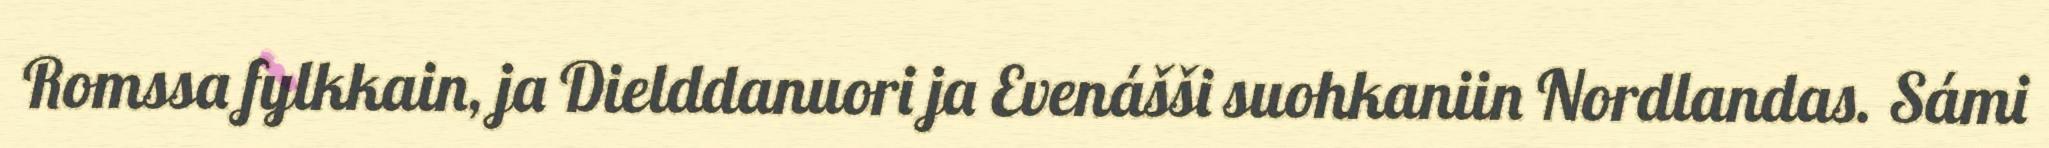
Romssa fylkkain, ja Dielddanuori ja Evenášši suohkaniin Nordlandas. Sámi